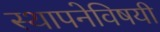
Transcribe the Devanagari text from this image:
स्थापनेविषयी